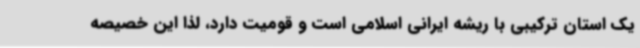
یک استان ترکیبی با ریشه ایرانی اسلامی است و قومیت دارد، لذا این خصیصه